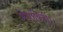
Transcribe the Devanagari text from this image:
मेधाविनी।